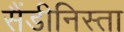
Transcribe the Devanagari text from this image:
सैंडीनिस्ता